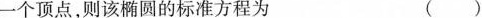
一个顶点，则该椭圆的标准方程为 ()